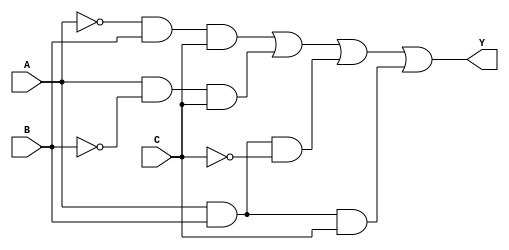
module sop_simplification (
    input wire A,  // Input A
    input wire B,  // Input B
    input wire C,  // Input C
    output wire Y  // Output Y
);

// Intermediate signals for the product terms
wire A_not, B_not, C_not;
wire term1, term2, term3, term4;

// NOT gates for inverted inputs
not (A_not, A);
not (B_not, B);
not (C_not, C);

// Product terms
and (term1, A_not, B, C);  // A'BC
and (term2, A, B_not, C);  // AB'C
and (term3, A, B, C_not);  // ABC'
and (term4, A, B, C);      // ABC

// Final output Y is the OR of all product terms
or (Y, term1, term2, term3, term4);

endmodule